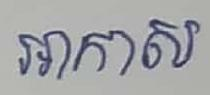
អាកាស